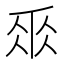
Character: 𠂹